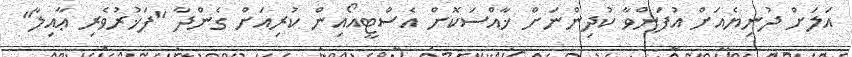
އަލަށް ދުނިޔެއަށް އުފަންވާ ކުދިންނަށް ޚާއްސަކޮށް އެސްޓީއޯއިން ކުރިއަށް ގެންދާ "ފަޚުރުވެރި ޢާއިލާ"